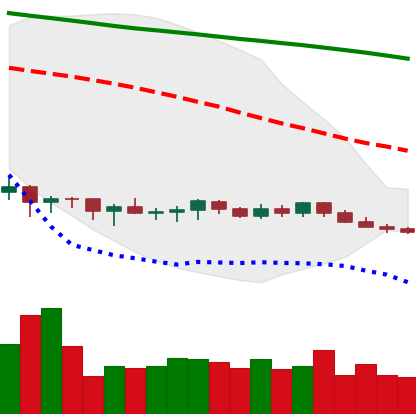
Ticker: XMR-USD
Chart end date: 2019-10-14
Forward return: 3.161%
Label: up_3_5